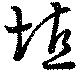
埴